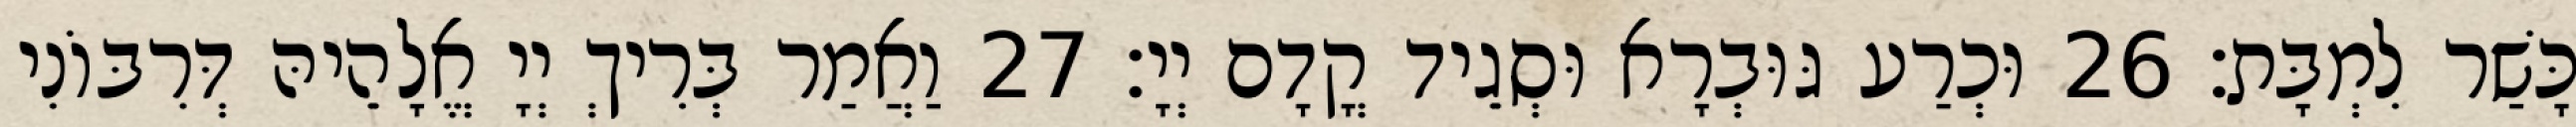
כָּשַׁר לִמְבָּת׃ 26 וּכְרַע גּוּבְרָא וּסְגֵיד קֳדָם יְיָ׃ 27 וַאֲמַר בְּרִיךְ יְיָ אֱלָהֵיהּ דְּרִבּוֹנִי